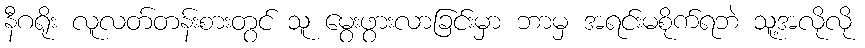
နီဂရိုး လူလတ်တန်းစားတွင် သူ မွေးဖွားလာခြင်းမှာ ဘာမှ အရင်းမစိုက်ရဘဲ သူ့အလိုလို